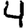
Digit: 4